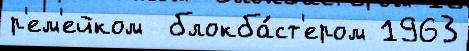
р'ем'ейком  блокба́ст'ером 1963